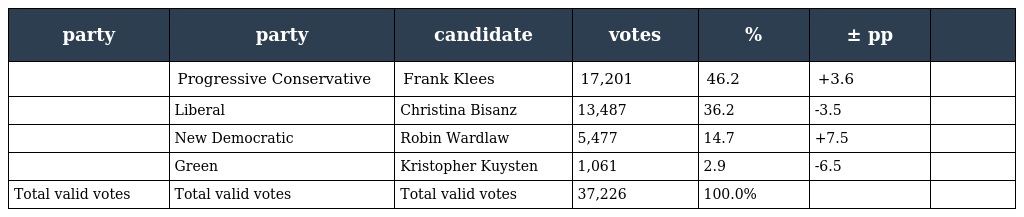
| party | party | candidate | votes | % | ± pp |  |
 | --- | --- | --- | --- | --- | --- | --- |
 |  | Progressive Conservative | Frank Klees | 17,201 | 46.2 | +3.6 |  |
 |  | Liberal | Christina Bisanz | 13,487 | 36.2 | -3.5 |  |
 |  | New Democratic | Robin Wardlaw | 5,477 | 14.7 | +7.5 |  |
 |  | Green | Kristopher Kuysten | 1,061 | 2.9 | -6.5 |  |
 | Total valid votes | Total valid votes | Total valid votes | 37,226 | 100.0% |  |  |